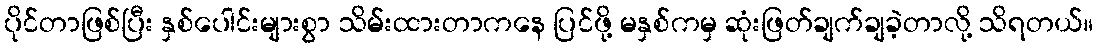
ပိုင်တာဖြစ်ပြီး နှစ်ပေါင်းများစွာ သိမ်းထားတာကနေ ပြင်ဖို့ မနှစ်ကမှ ဆုံးဖြတ်ချက်ချခဲ့တာလို့ သိရတယ်။